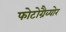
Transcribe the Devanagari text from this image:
फोटोग्रैव्योर